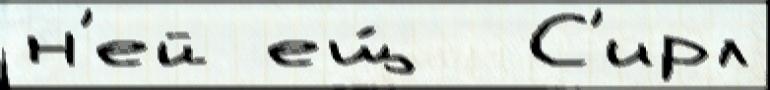
н'ей ещ́  С'ирл